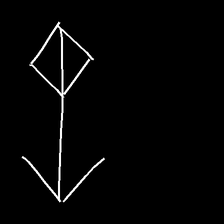
Glyph: focus